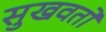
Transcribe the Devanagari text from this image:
सुखवतो